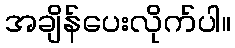
အချိန်ပေးလိုက်ပါ။